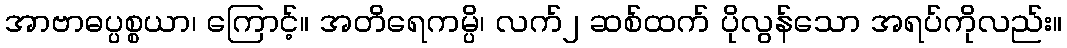
အာဗာဓပ္ပစ္စယာ၊ ကြောင့်။ အတိရေကမ္ပိ၊ လက်၂ ဆစ်ထက် ပိုလွန်သော အရပ်ကိုလည်း။